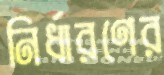
নির্ধারণের